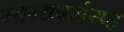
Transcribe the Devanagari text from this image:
मान्यवरांसह